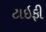
ટાઇફી